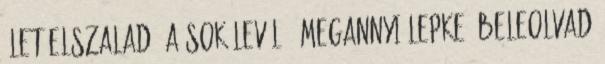
élet elszalad. A sok levél – megannyi lepke, Beleolvad